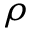
\rho